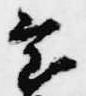
室